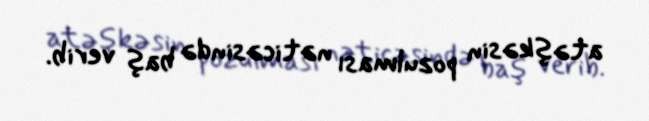
atəşkəsin pozulması nəticəsində baş verib.